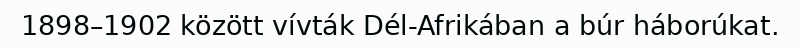
1898–1902 között vívták Dél-Afrikában a búr háborúkat.